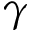
\boldsymbol { \gamma }